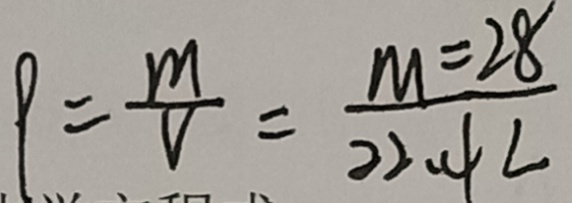
P = \frac { m } { V } = \frac { M = 2 8 } { 2 2 . 4 L }